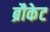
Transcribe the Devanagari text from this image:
ब्रौकेट